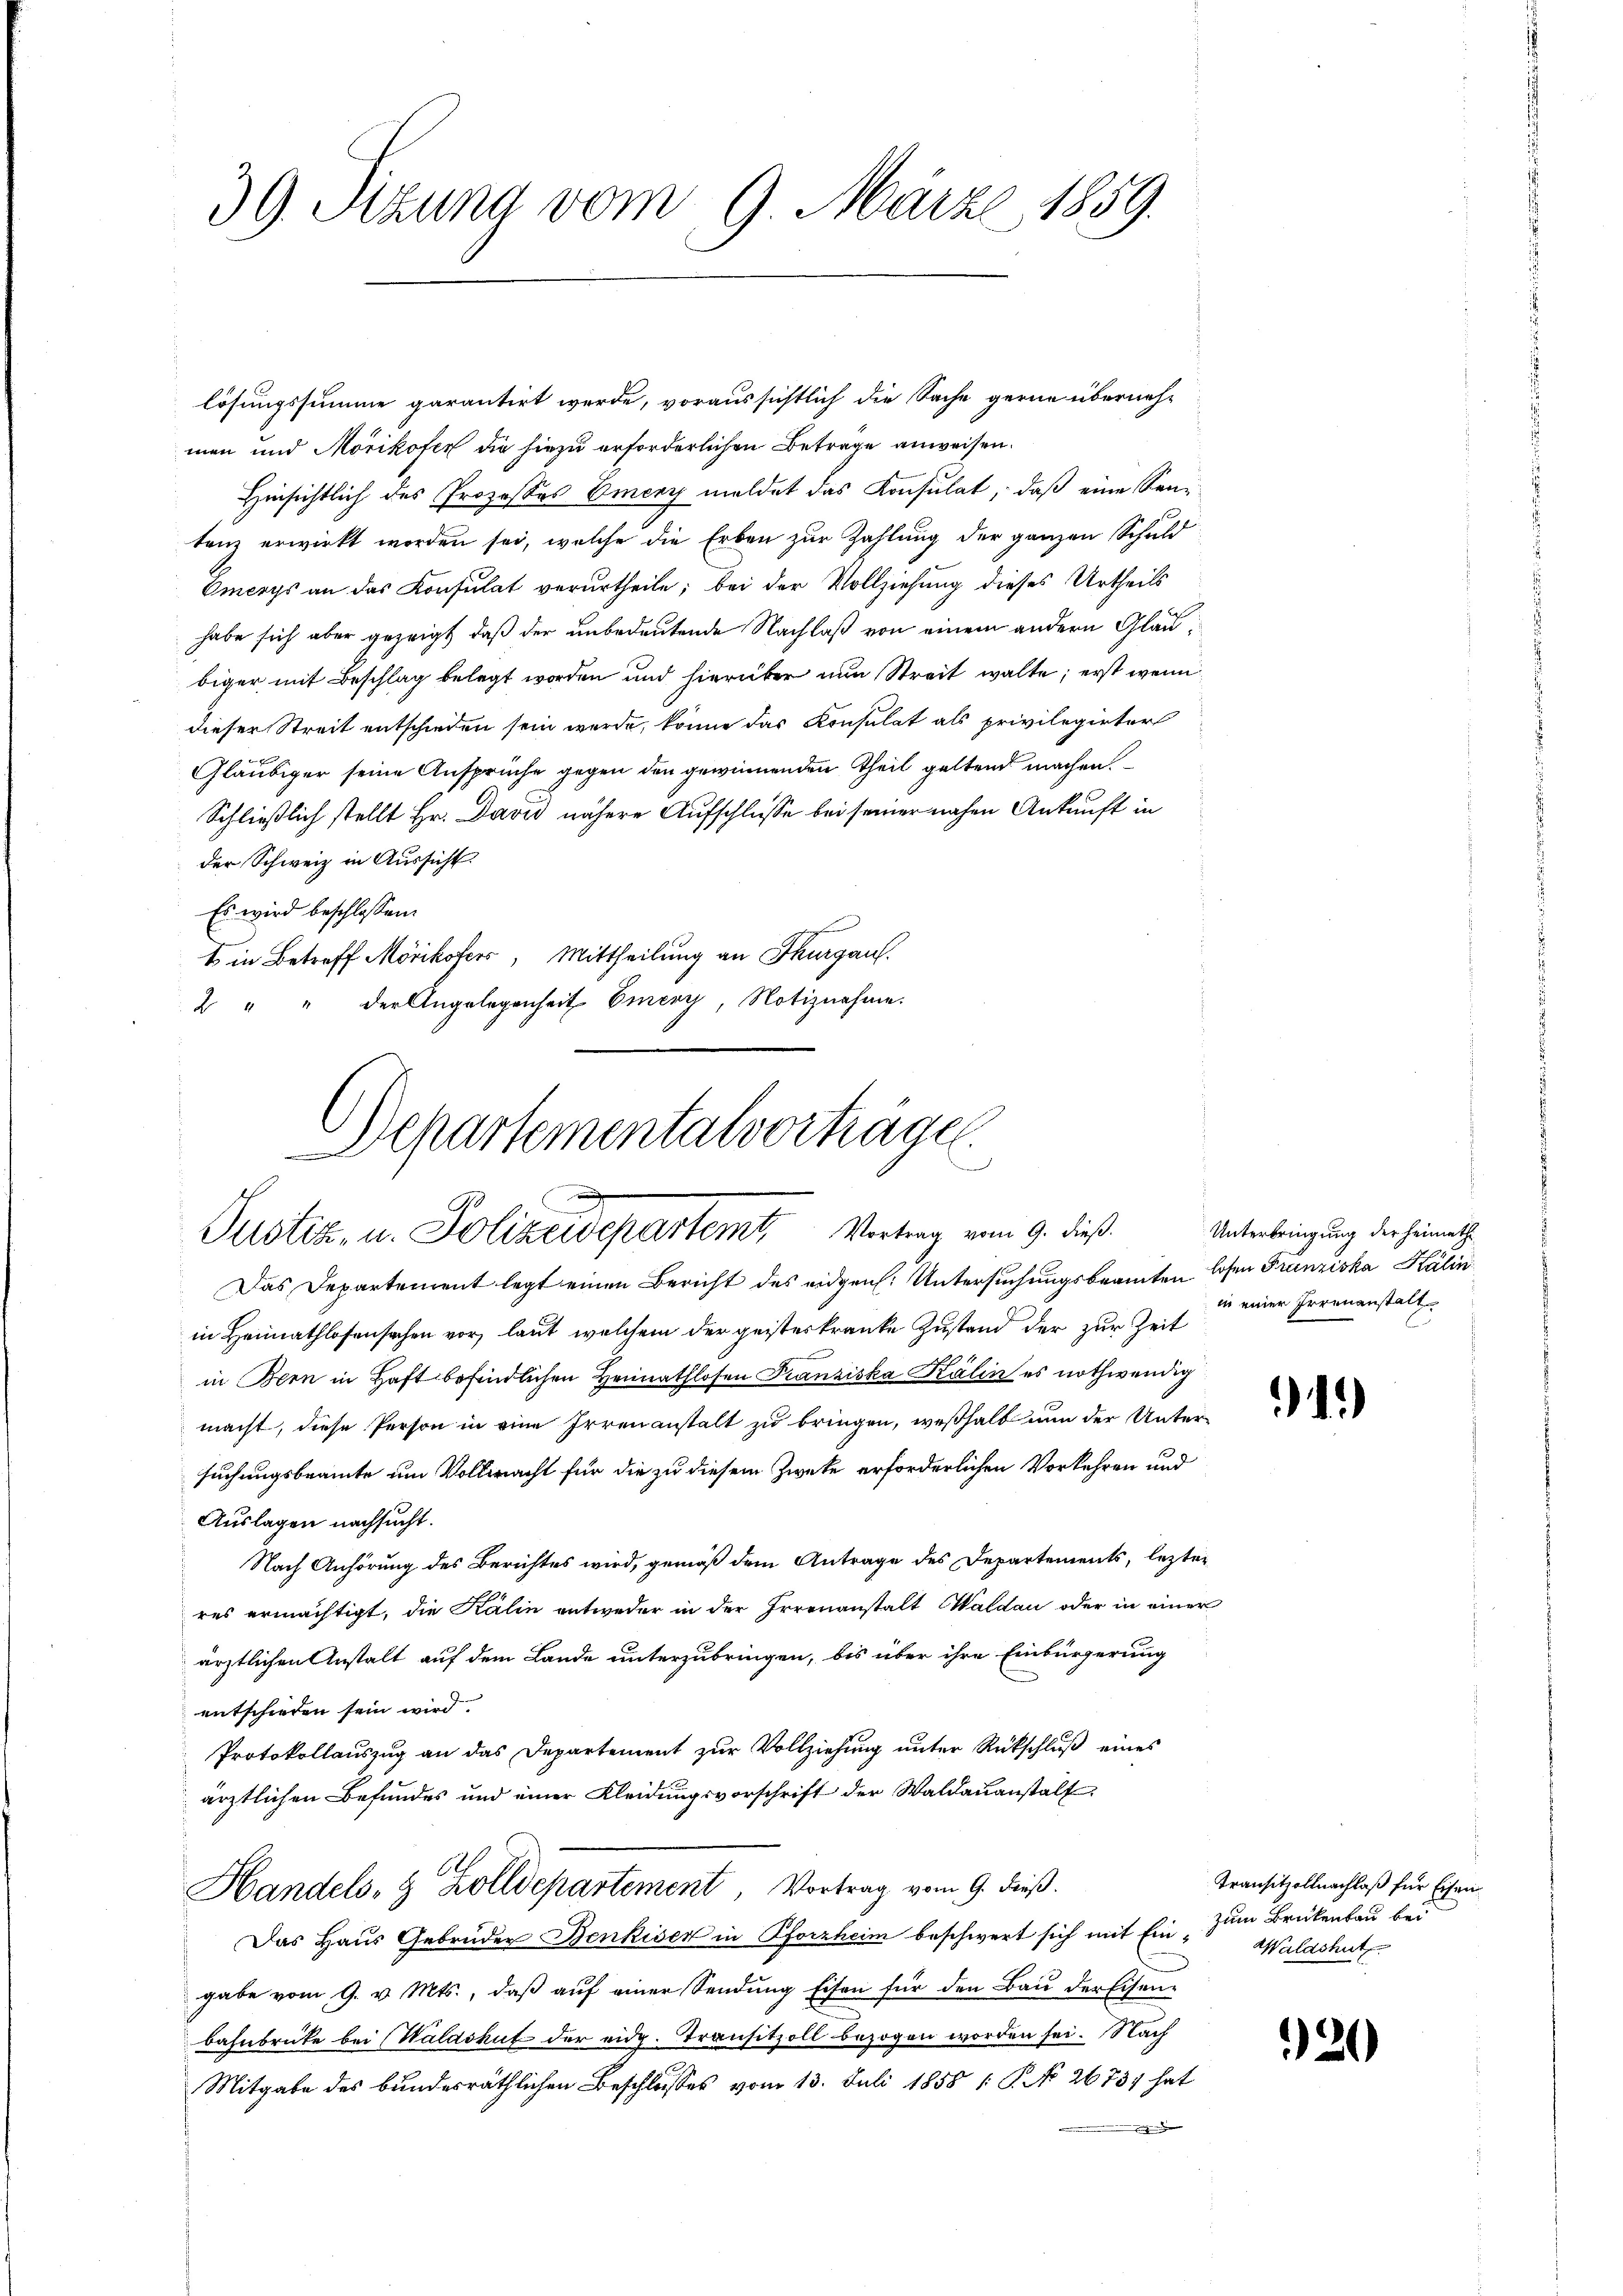
39. Sitzung vom 9. März 1859.

lösungssumme garantirt werde, voraussichtlich die Sache gerne übernehmen und Mörikofer die hiezu erforderlichen Betrage anweisen.
Hinsichtlich des Prozesses Emery meldet das Konsulat, daß eine Sentenz erwirkt worden sei, welche die Erben zur Zahlung der ganzen Schuld
Emerys an das Konsulat verurtheile; bei der Vollziehung dieses Urtheils
habe sich aber gezeigt, daß der unbedeutende Nachlaß von einem andern Glaubiger mit Beschlag belegt worden und hierüber nun Streit walte; erst wenn
dieser Streit entschieden sein werde, könne das Konsulat als privilegirter
Gläubiger seine Ansprüche gegen den gewinnenden Theil geltend machen.
Schließlich stellt Hr. David nähere Aufschlüsse bei seiner nahen Ankunft in
der Schweiz in Aussicht.
Es wird beschlossen:
E in Betreff Mörikofers, Mittheilung an Thurgau.
2 " " der Angelegenheit Eiery, Notiznahme.
Das Departement legt einen Bericht des eidgen. Untersuchungsbeamten losen Franziska Kálin
in Heimathlosensachen vor, laut, welchem der geisterkranke Zustand der zur Zeit
in Bern in Haft befindlichen Heimathlosen Franziska Kälin es nothwendig
macht, diese Person in eine Irrenanstalt zu bringen, weßhalb nun der Untersuchungsbeamte um Vollmacht für die zu diesem Zweke erforderlichen Vorkehren und
Auslagen nachsucht.
Nach Anhörung des Berichtes wird, gemäß dem Antrage des Departements, lezten
res ermächtigt, die Kälin entweder in der Irrenanstalt Waldau oder in einer
ärztlichen Anstalt auf dem Lande unterzubringen, bis über ihre Einbürgerung
entschieden sein wird.
Protokollauszug an das Departement zŭr Vollziehŭng ŭnter Rückschlŭβ eines
ärztlichen Befundes und einer Kleidungsvorschrift der Waldauanstalt
Handels- & Zolldepartement, Vortrag vom 9. dieß.
Das Haus Gebrüder Benkisen in Pforzheim beschwert sich mit Ein- Waldshut
gabe vom 9. v. Mts., daß auf einer Sendung Eisen für den Bau der Eisen-
bahnbrücke bei Waldshut der eidg. Transitzoll bezogen worden sei. Nach
Mitgabe des bundesräthlichen Beschlusses vom 13. Juli 1858 1: P. No. 26731 hat

Departementalvorträge.
e
Justiz, u. Polizeidepartemt Vortrag vom 9. dies

Unterbringung der Heimathin einer Irrenanstalt

1)

Transitzollnachlaß für Eisen
zum Brückenbau bei

20